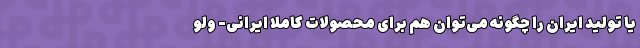
یا تولید ایران را چگونه می‌توان هم برای محصولات کاملا ایرانی- ولو